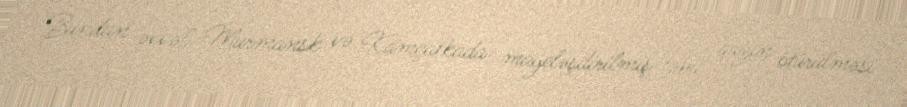
Bundan əvvəl Murmansk və Kamçatkada mayeləşdirilmiş təbii qazın ötürülməsi